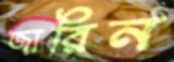
জারিন